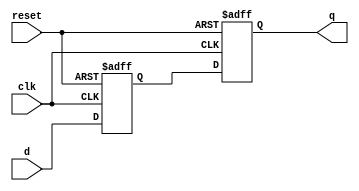
module edge_triggered_latch(
    input wire clk,
    input wire reset,
    input wire d,
    output reg q
);

reg d_ff1, d_ff2;

always @(posedge clk or posedge reset) begin
    if (reset)
        begin
            d_ff1 <= 1'b0;
            d_ff2 <= 1'b0;
        end
    else
        begin
            d_ff1 <= d;
            d_ff2 <= d_ff1;
        end
end

assign q = d_ff2;

endmodule